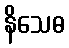
နိသေဓ